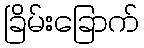
ခြိမ်းခြောက်